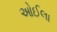
ઓઈલા